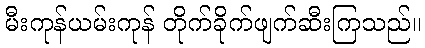
မီးကုန်ယမ်းကုန် တိုက်ခိုက်ဖျက်ဆီးကြသည်။